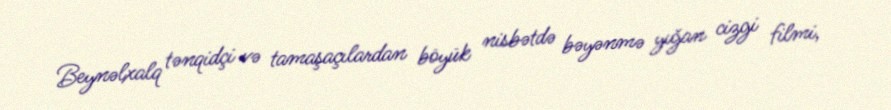
Beynəlxalq tənqidçi və tamaşaçılardan böyük nisbətdə bəyənmə yığan cizgi filmi,